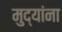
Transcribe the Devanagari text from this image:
मुद्यांना